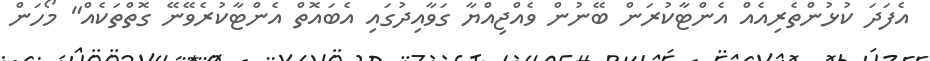
އެފަދަ ކުޅުންތެރިއެއް އެންޓާކުރަން ބޭނުން ވެއްޖިއްޔާ ގަވާއިދުގައި އެބައޮތް އެންޓާކުރެވޭނޭ ގޮތްތަކެއް" މޯހަން